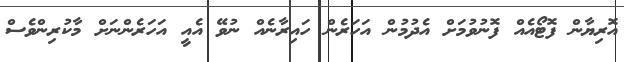
އޮރިޔާން ފޮޓޯއެއް ފޮނުވުމަށް އެދުމުން އަހަރެން ހައިރާނެއް ނުވޭ އެއީ އަހަރެންނަށް މާކުރިންވެސް